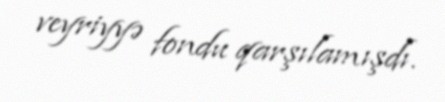
veyriyyə fondu qarşılamışdı.